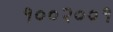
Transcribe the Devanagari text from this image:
१००२००१